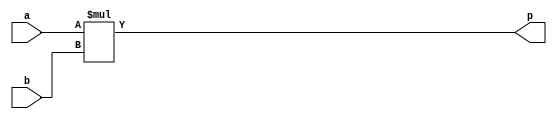
module negacja
    #(
        parameter n=4
    )(
        // 1
        // input [n-1:0] a,
        // output [n-1:0] b

        // 2
        // input [n-1:0] a,b,
        // output [n-1:0] s

        // 3
        input signed [n-1:0] a,b,
        output signed [2*n-1:0] p
    );

    // 1
    // assign b = -a;

    // 2
    // assign s = a + b;

    // 3
    assign p = a * b;

endmodule